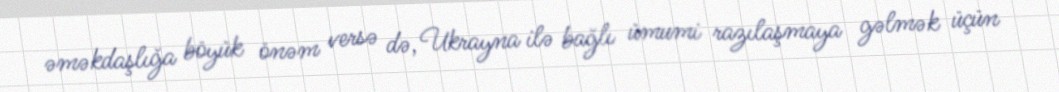
əməkdaşlığa böyük önəm versə də, Ukrayna ilə bağlı ümumi razılaşmaya gəlmək üçün